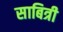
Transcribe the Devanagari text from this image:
साबित्री